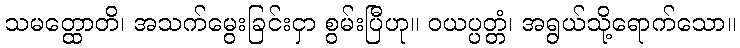
သမတ္ထောတိ၊ အသက်မွေးခြင်းငှာ စွမ်းပြီဟု။ ဝယပ္ပတ္တံ၊ အရွယ်သို့ရောက်သော။